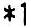
*1